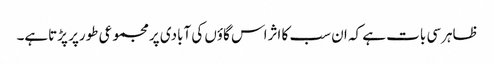
ظاہرسی بات ہے کہ ان سب کا اثراس گاؤں کی آبادی پرمجموعی طورپر پڑتاہے۔